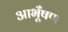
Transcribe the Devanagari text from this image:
आभूँषण